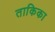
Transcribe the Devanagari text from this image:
ताकिका